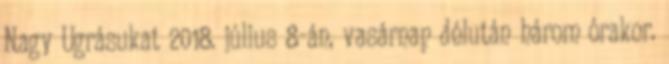
Nagy Ugrásukat 2018. július 8-án, vasárnap délután három órakor.